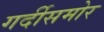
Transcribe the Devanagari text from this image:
गर्दीसमोर